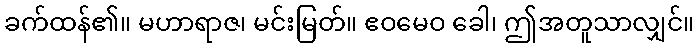
ခက်ထန်၏။ မဟာရာဇ၊ မင်းမြတ်။ ဧဝမေဝ ခေါ၊ ဤအတူသာလျှင်။